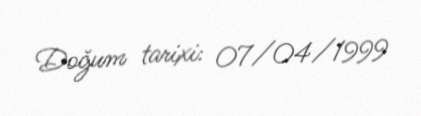
Doğum tarixi: 07/04/1999